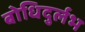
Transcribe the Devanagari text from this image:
बोधिदुर्लभ